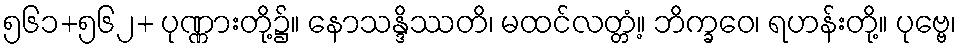
၅၆၁+၅၆၂+ ပုဏ္ဏားတို့၌။ နောသန္ဒိဿတိ၊ မထင်လတ္တံ့။ ဘိက္ခဝေ၊ ရဟန်းတို့။ ပုဗ္ဗေ၊